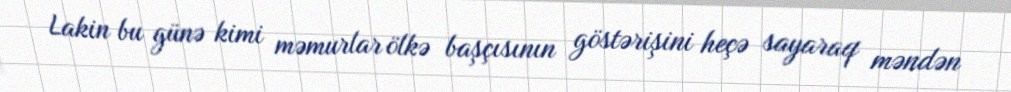
Lakin bu günə kimi məmurlar ölkə başçısının göstərişini heçə sayaraq məndən